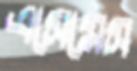
এসেমেস